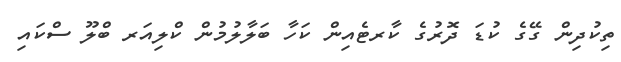
ތިކުދިން ގޭގެ ކުޑަ ދޮރުގެ ކާރޓެއިން ކަހާ ބަލާލުމުން ކްލިއަރ ބްލޫ ސްކައި